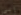
إلى